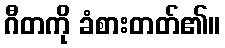
ဂီတကို ခံစားတတ်၏။